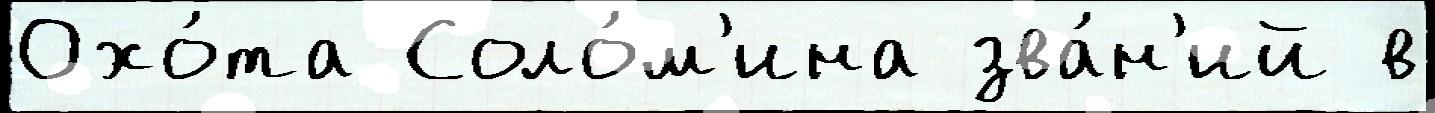
Охо́та Соло́м'ина зва́н'ий в